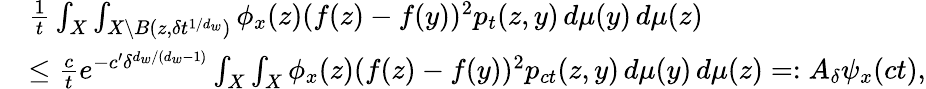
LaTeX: \begin{array}{rl}&{\frac{1}{t}\int_{X}\int_{X\setminus B(z,\delta t^{1/d_{w}})}\phi_{x}(z)(f(z)-f(y))^{2}p_{t}(z,y)\, d\mu(y)\, d\mu(z)}\\ &{\leq\frac{c}{t}e^{-c^{\prime}\delta^{d_{w}/(d_{w}-1)}}\int_{X}\int_{X}\phi_{x}(z)(f(z)-f(y))^{2}p_{ct}(z,y)\, d\mu(y)\, d\mu(z)=:A_{\delta}\psi_{x}(ct),}\end{array}